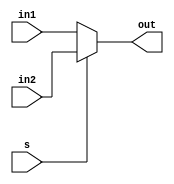
`timescale 1ps/1ps

module multiplexer #(parameter size = 32) (input [size-1:0] in1 , in2 , input s , output [size-1:0] out );
  assign out = s ? in2 : in1;
endmodule